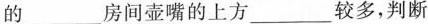
的___房间壶嘴的上方___较多，判断